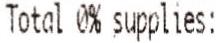
TOTAL 0% SUPPLIES: